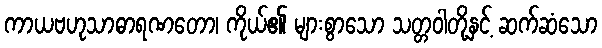
ကာယဗဟုသာဓာရဏတော၊ ကိုယ်၏ များစွာသော သတ္တဝါတို့နှင့် ဆက်ဆံသော